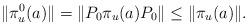
LaTeX: \begin{align*}\|\pi^0_u(a)\| = \|P_0 \pi_u(a) P_0\| \le \|\pi_u(a)\|.\end{align*}